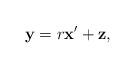
LaTeX: \begin{align*}\mathbf y = r\mathbf x' + \mathbf z,\end{align*}